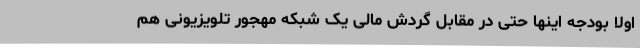
اولا بودجه اینها حتی در مقابل گردش مالی یک شبکه مهجور تلویزیونی هم